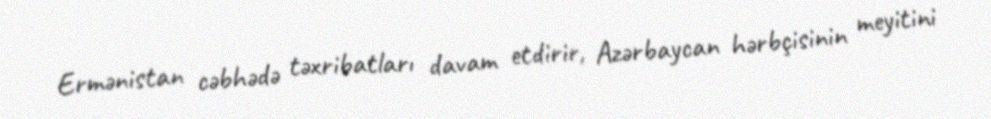
Ermənistan cəbhədə təxribatları davam etdirir, Azərbaycan hərbçisinin meyitini